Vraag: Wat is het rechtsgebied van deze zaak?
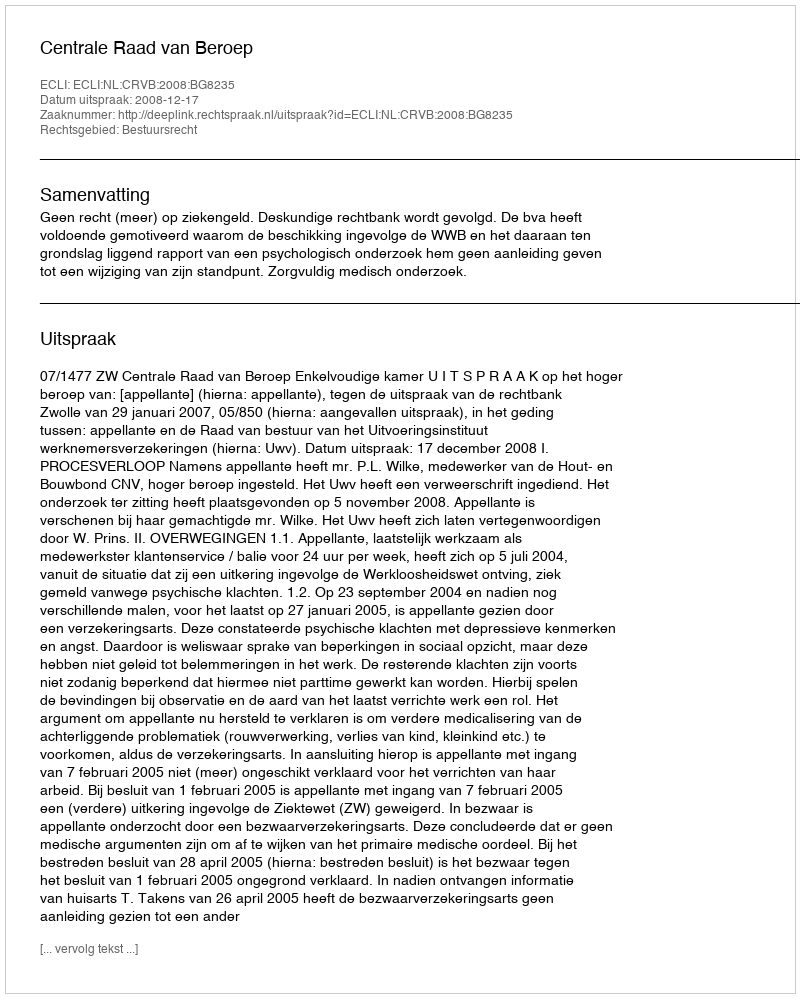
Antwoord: Bestuursrecht